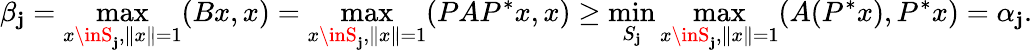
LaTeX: \beta_{\mathbf{j}}=\operatorname*{max}_{x\inS_{\mathbf{j}},\| x\| =1}(Bx,x)=\operatorname*{max}_{x\inS_{\mathbf{j}},\| x\| =1}(PAP^{*}x,x)\geq\operatorname*{min}_{S_{\mathbf{j}}}\operatorname*{max}_{x\inS_{\mathbf{j}},\| x\| =1}(A(P^{*}x),P^{*}x)=\alpha_{\mathbf{j}}.